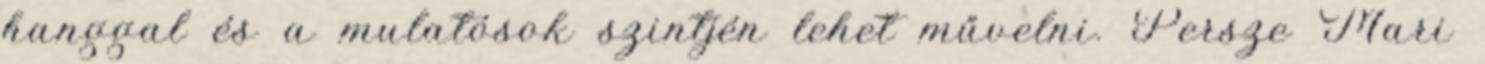
hanggal és a mulatósok szintjén lehet művelni. Persze Mari